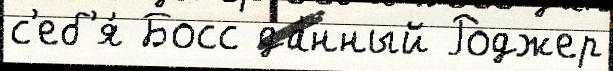
с'еб'я́ Босс да́нный Роджер